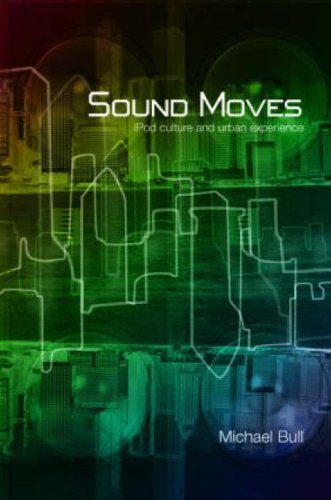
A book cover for Sound Moves: iPod Culture and Urban Experience (International Library of Sociology); Michael Bull; Computers & Technology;